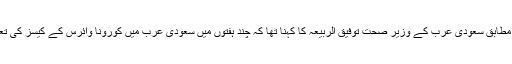
روسیا الیوم کی رپورٹ کے مطابق سعودی عرب کے وزیر صحت توفیق الربیعہ کا کہنا تھا کہ چند ہفتوں میں سعودی عرب میں کورونا وائرس کے کیسز کی تعداد 2 لاکھ تک جاسکتی ہے۔